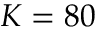
K = 8 0